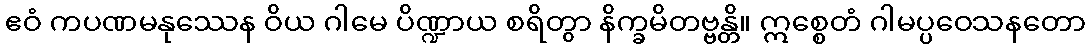
ဧဝံ ကပဏမနုဿေန ဝိယ ဂါမေ ပိဏ္ဍာယ စရိတွာ နိက္ခမိတဗ္ဗန္တိ။ ဣစ္စေတံ ဂါမပ္ပဝေသနတော